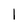
Character: 1